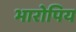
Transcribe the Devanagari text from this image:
भारोपिय